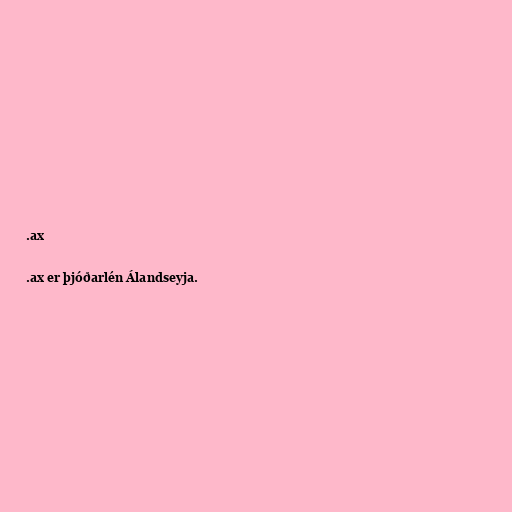
.ax

.ax er þjóðarlén Álandseyja.